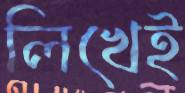
লিখেই